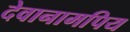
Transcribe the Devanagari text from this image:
देवानामपिय